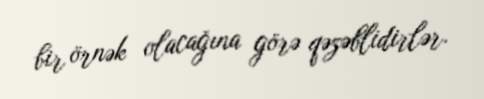
bir örnək olacağına görə qəzəblidirlər.